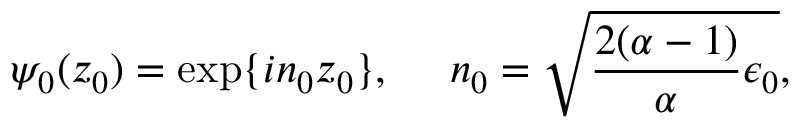
\psi _ { 0 } ( z _ { 0 } ) = \exp \{ i n _ { 0 } z _ { 0 } \} , ~ ~ ~ ~ n _ { 0 } = \sqrt { { \frac { 2 ( \alpha - 1 ) } { \alpha } } \epsilon _ { 0 } } ,